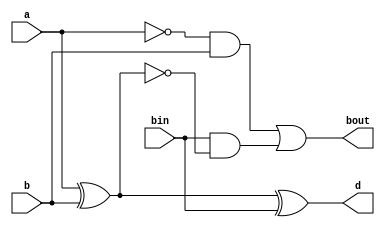
module full_sub_data(a,b,bin,bout,d);
input a,b,bin;
output bout,d;
assign bout = ((~a)&b) | (bin&(~(a^b)));
assign d = a^b^bin;
endmodule